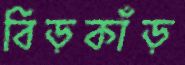
বিড়কাঁড়